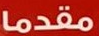
مقدما